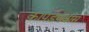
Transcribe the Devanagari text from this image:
कापडणवीस